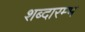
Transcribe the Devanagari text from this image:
शब्दारम्भ